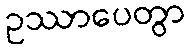
ဥဿာပေတွာ